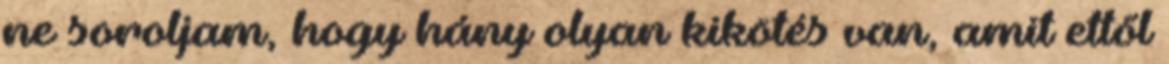
ne soroljam, hogy hány olyan kikötés van, amit ettől